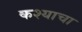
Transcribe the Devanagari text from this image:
कश्याचा